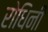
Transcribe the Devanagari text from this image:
रोधिनी